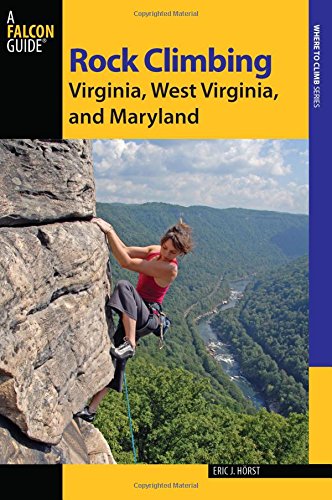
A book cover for Rock Climbing Virginia, West Virginia, and Maryland (State Rock Climbing Series); Eric Horst; Sports & Outdoors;